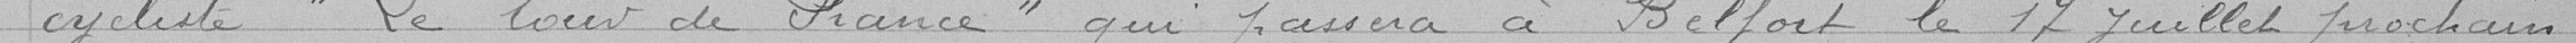
cycliste " Le tour de France" qui passera à Belfort le 17 Juillet prochain